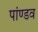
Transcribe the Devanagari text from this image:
पांण्‍डव